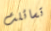
تسائلت